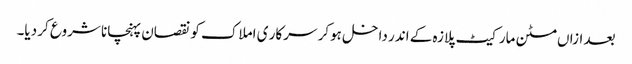
بعد ازاں مٹن مارکیٹ پلازہ کے اندر داخل ہوکر سرکار ی املاک کو نقصان پہنچانا شروع کر دیا۔